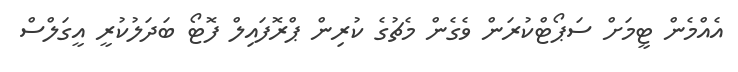
އެއްމެން ޓީމަށް ސަޕޯޓްކުރަން ވެގެން މެޗުގެ ކުރިން ޕްރޮފައިލް ފޮޓޯ ބަދަލުކުރީ އީގަލްސް